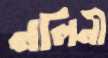
নলিনী